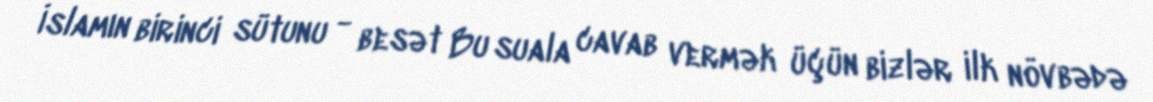
İslamın birinci sütunu - besət Bu suala cavab vermək üçün bizlər ilk növbədə